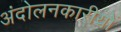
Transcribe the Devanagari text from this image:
अंदोलनकारीयों